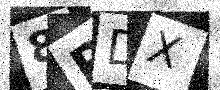
Text: 8RDX